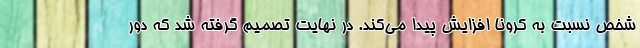
شخص نسبت به کرونا افزایش پیدا می‌کند. در نهایت تصمیم گرفته شد که دور